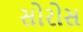
સોરોસ